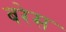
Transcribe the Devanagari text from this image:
बरेस